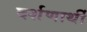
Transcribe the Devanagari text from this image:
दर्शणार्थी